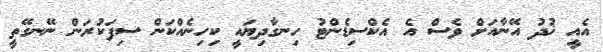
އެއީ ޚުދު އޭނާއަށް ވެސް އެ އެކްސިޑެންޓު ހިނގާދިޔައީ ކިހިނެއްކަން ސިފަކުރަން ނޭނގޭތީ